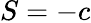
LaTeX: S=-c